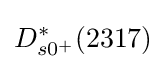
D_{s0^{+}}^{*}(2317)